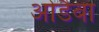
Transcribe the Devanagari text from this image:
ओडैबा